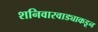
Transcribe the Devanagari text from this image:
शनिवारवाड्याकडून